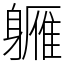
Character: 軅